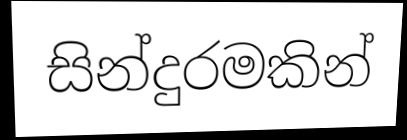
සින්දුරමකින්